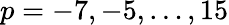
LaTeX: p=-7,-5,\ldots,15